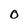
Character: 0